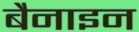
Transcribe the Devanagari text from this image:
बैनाइन